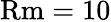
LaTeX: \mathrm{Rm}=10